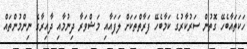
ހަކަތައާބެހޭ ގޮތުން ސަރުކާރުގެ ކަމާބެހޭ ފަރާތްތަކަށް ލަފައާއި މަޝްވަރާ ދިނުމާއި ދާއިރާގެ ނިންމުންތައް